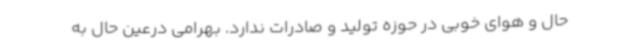
حال و هوای خوبی در حوزه تولید و صادرات ندارد. بهرامی درعین حال به